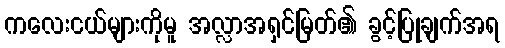
ကလေးငယ်များကိုမူ အလ္လာအရှင်မြတ်၏ ခွင့်ပြုချက်အရ